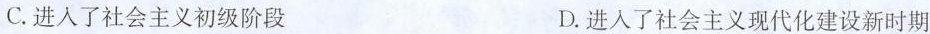
C.进入了社会主义初级阶段 D.进入了社会主义现代化建设新时期